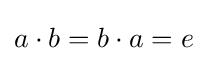
a\cdot b=b\cdot a=e